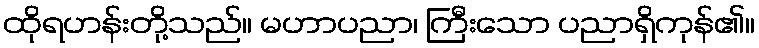
ထိုရဟန်းတို့သည်။ မဟာပညာ၊ ကြီးသော ပညာရှိကုန်၏။